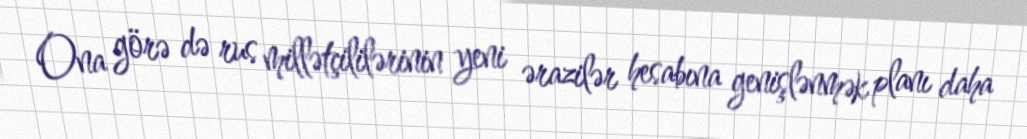
Ona görə də rus millətçililərinin yeni ərazilər hesabına genişlənmək planı daha